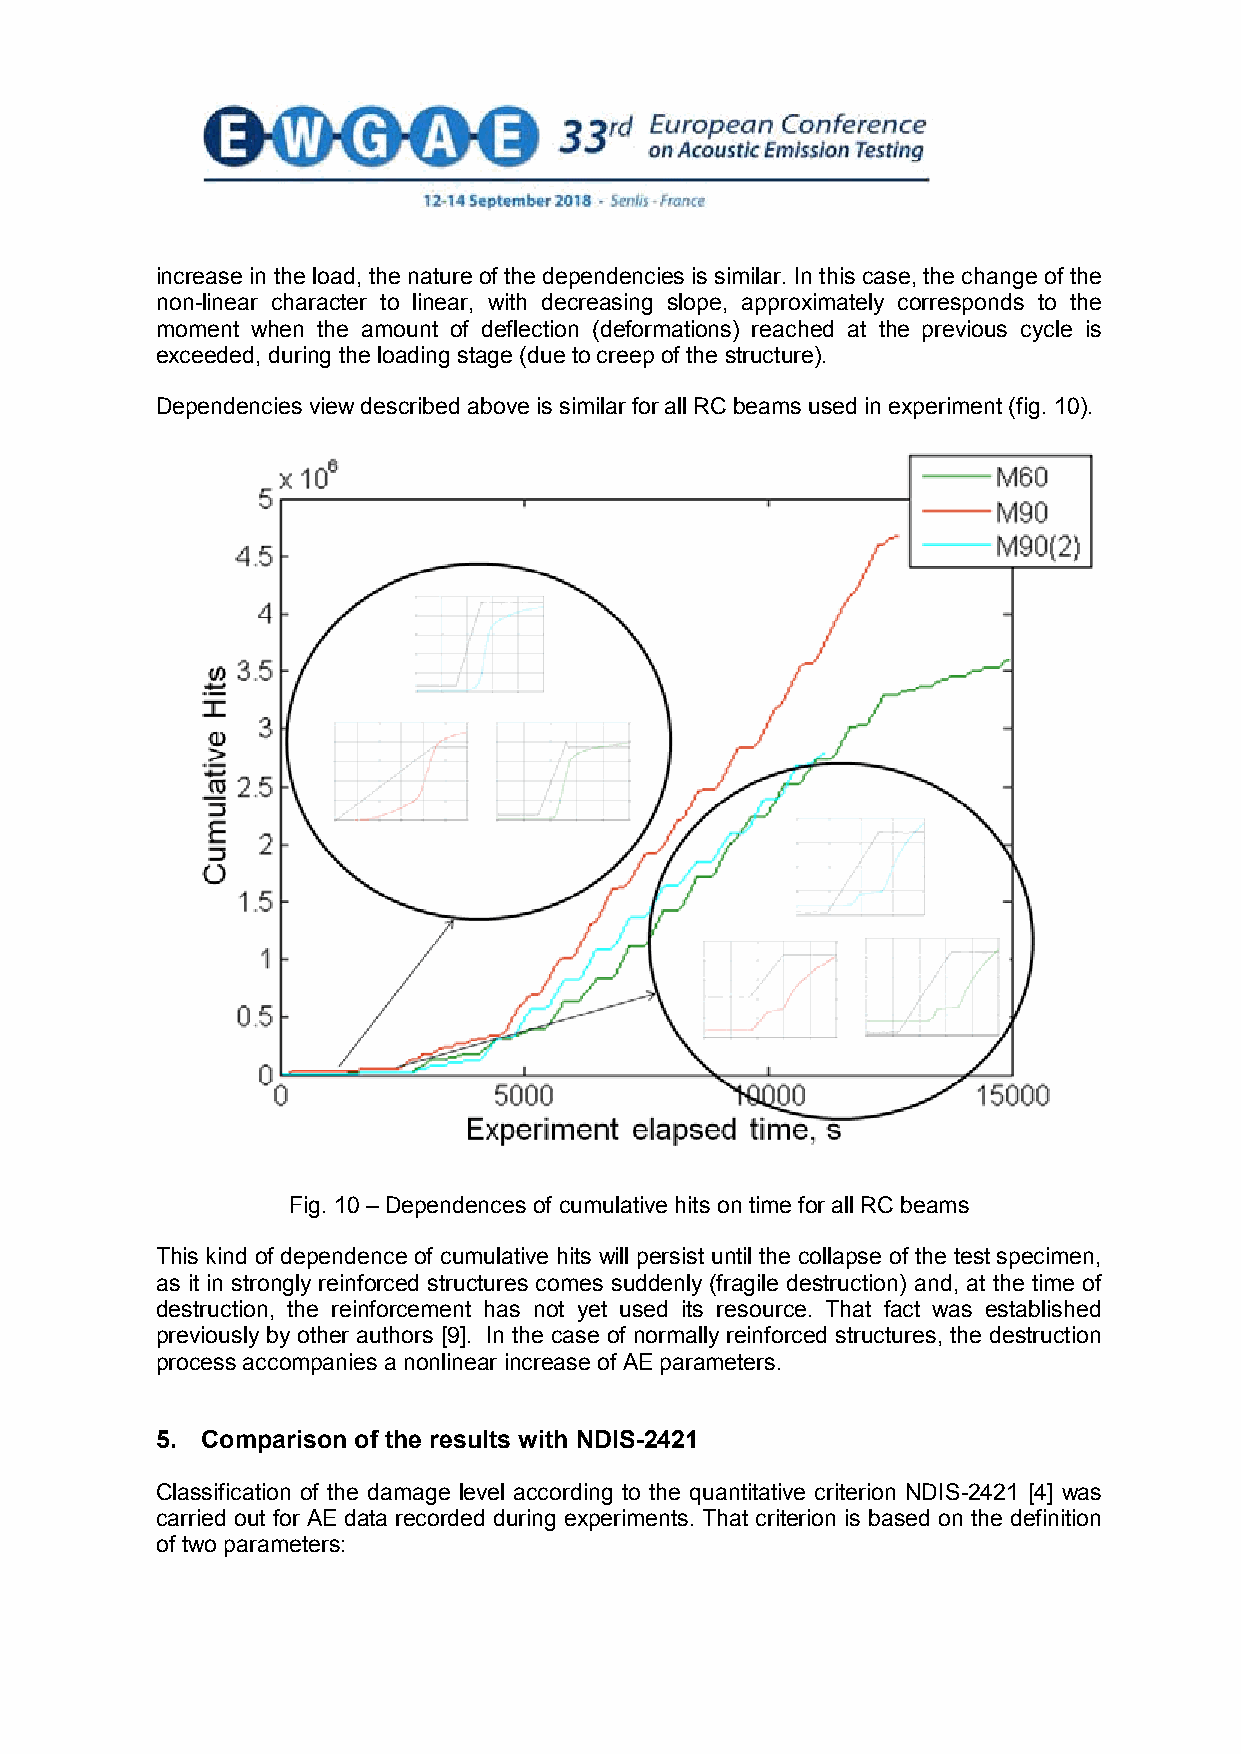
increase in the load, the nature of the dependencies is similar. In this case, the change of the
 non-linear character to linear, with decreasing slope, approximately corresponds to the
 moment when the amount of deflection (deformations) reached at the previous cycle is
 exceeded, during the loading stage (due to creep of the structure).
 Dependencies view described above is similar for all RC beams used in experiment (fig. 10).
 Fig. 10 – Dependences of cumulative hits on time for all RC beams
 This kind of dependence of cumulative hits will persist until the collapse of the test specimen,
 as it in strongly reinforced structures comes suddenly (fragile destruction) and, at the time of
 destruction, the reinforcement has not yet used its resource. That fact was established
 previously by other authors [9]. In the case of normally reinforced structures, the destruction
 process accompanies a nonlinear increase of AE parameters.
 5. Comparison of the results with NDIS-2421
 Classification of the damage level according to the quantitative criterion NDIS-2421 [4] was
 carried out for AE data recorded during experiments. That criterion is based on the definition
 of two parameters: